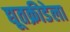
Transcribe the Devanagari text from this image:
द्यूतक्रीडेला